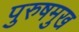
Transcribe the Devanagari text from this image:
पुरुषमुख